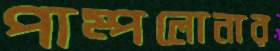
পাম্পলোনার